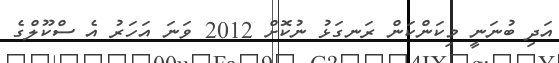
އަދި ބުނަނީ މިކަންކަން ރަނގަޅު ނުކޮށް 2012 ވަނަ އަހަރު އެ ސްކޫލްގެ